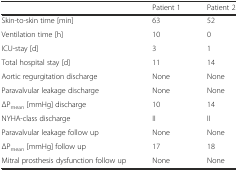
<table><thead><tr><td>[EMPTY_CELL]</td><td><b>Patient 1</b></td><td><b>Patient 2</b></td></tr></thead><tbody><tr><td>Skin-to-skin time [min]</td><td>63</td><td>52</td></tr><tr><td>Ventilation time [h]</td><td>10</td><td>0</td></tr><tr><td>ICU-stay [d]</td><td>3</td><td>1</td></tr><tr><td>Total hospital stay [d]</td><td>11</td><td>14</td></tr><tr><td>Aortic regurgitation discharge</td><td>None</td><td>None</td></tr><tr><td>Paravalvular leakage discharge</td><td>None</td><td>None</td></tr><tr><td>ΔP<sub>mean</sub> [mmHg] discharge</td><td>10</td><td>14</td></tr><tr><td>NYHA-class discharge</td><td>II</td><td>II</td></tr><tr><td>Paravalvular leakage follow up</td><td>None</td><td>None</td></tr><tr><td>ΔP<sub>mean</sub> [mmHg] follow up</td><td>17</td><td>18</td></tr><tr><td>Mitral prosthesis dysfunction follow up</td><td>None</td><td>None</td></tr></tbody></table>